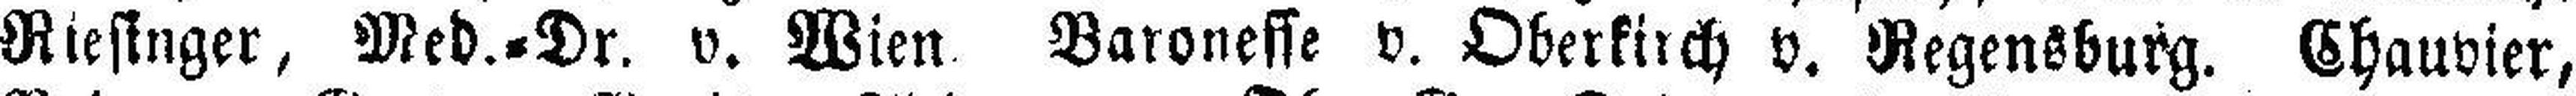
Riesinger, Med.=Dr. v. Wien Baronesse v. Oberkirch v. Regensburg. Chauvier,